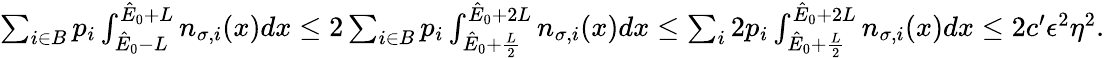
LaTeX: \begin{array}{r}{\sum_{i\in B}p_{i}\int_{\hat{E}_{0}-L}^{\hat{E}_{0}+L}n_{\sigma,i}(x)dx\leq 2\sum_{i\in B}p_{i}\int_{\hat{E}_{0}+\frac{L}{2}}^{\hat{E}_{0}+2L}n_{\sigma,i}(x)dx\leq\sum_{i}2p_{i}\int_{\hat{E}_{0}+\frac{L}{2}}^{\hat{E}_{0}+2L}n_{\sigma,i}(x)dx\leq 2c^{\prime}\epsilon^{2}\eta^{2}.}\end{array}